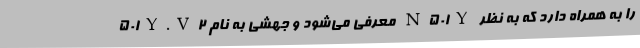
۵۰۱Y.V۲ معرفی می‌شود و جهشی به نام N۵۰۱Y را به همراه دارد که به نظر